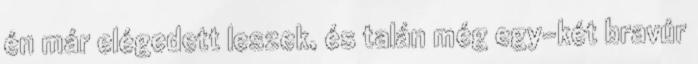
én már elégedett leszek, és talán még egy-két bravúr